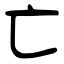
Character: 亡